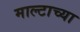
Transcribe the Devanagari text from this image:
माल्टाच्या